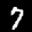
Label: 7